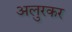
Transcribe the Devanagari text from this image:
अलुरकर